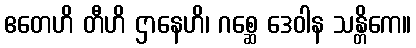
ဧတေဟိ တီဟိ ဌာနေဟိ၊ ဂစ္ဆေ ဒေဝါန သန္တိကေ။